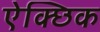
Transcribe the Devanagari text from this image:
ऐक्छिक